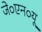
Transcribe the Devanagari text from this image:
जे०एन०यू